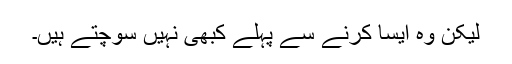
لیکن وہ ایسا کرنے سے پہلے کبھی نہیں سوچتے ہیں۔